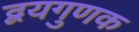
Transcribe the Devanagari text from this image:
द्वयगुणक